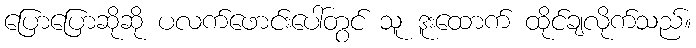
ပြောပြောဆိုဆို ပလက်ဖောင်းပေါ်တွင် သူ ဒူးထောက် ထိုင်ချလိုက်သည်။